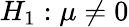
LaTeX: H_{1}:\mu\neq 0